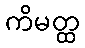
ကိမတ္ထ